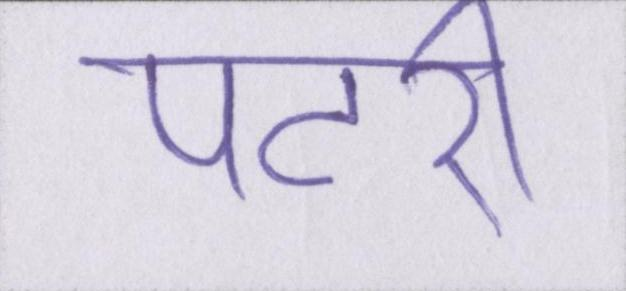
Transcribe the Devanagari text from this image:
पटरी